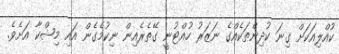
ކުއްލިއަކަށް ގިނަ ކުދިންތަކެއްގެ ނަޒަރު ހުއްޓުނީ ގޭތެރެއިން ނިކުމެގެން އައި މިޝްކާ އަށެވެ.